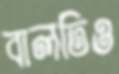
বালতিও